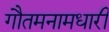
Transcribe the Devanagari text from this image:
गौतमनामधारी